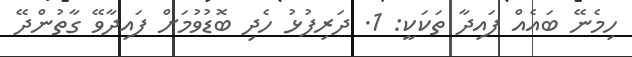
ހިމެނޭ ބައެއް ފައިދާ ތަކަކީ: 1. ދަރިފުޅު ހެދި ބޮޑުވުމަށް ފައިދާވޭ ގާތުންދޭ